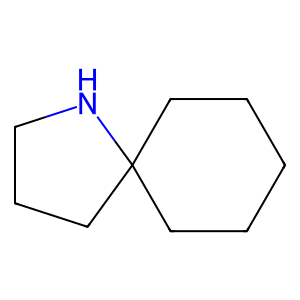
SMILES: C1CCC2(CC1)CCCN2
Inhibits HIV replication: No